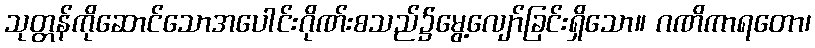
သုတ္တန်ကိုဆောင်သောအပေါင်းဂိုဏ်းစသည်၌မွေ့လျော်ခြင်းရှိသော။ ဂဏိကာရတော၊